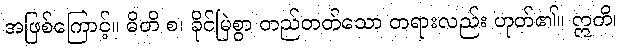
အဖြစ်ကြောင့်။ ဓိတိ စ၊ ခိုင်မြဲစွာ တည်တတ်သော တရားလည်း ဟုတ်၏။ ဣတိ၊